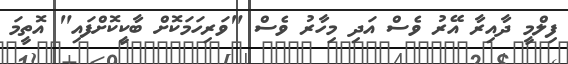
ފިލްމީ ދާއިރާ އޭރު ވެސް އަދި މިހާރު ވެސް "ވަރިހަމަކޮށް ބާކީކޮށްފައި" އޮތީމަ